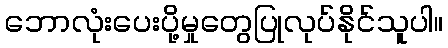
ဘောလုံးပေးပို့မှုတွေပြုလုပ်နိုင်သူပါ။